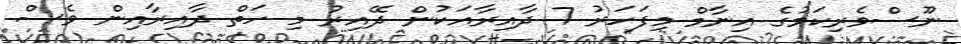
ނޫސްވެރިކަމުގެ އިނާމް މިފަހަރު 7 ދާއިރާއަކުން ދޭއިރު މި ހަތް ދާއިރާއިން ވެސް